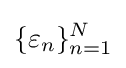
\{\varepsilon _{n}\}_{n=1}^{N}